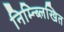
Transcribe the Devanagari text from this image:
निम्न्ब्लिखित